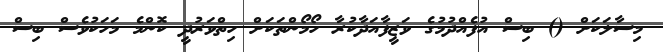
މިސާލަކަށް () ބިސް އުފެއްދުމުގެ ވަޒީފާއަދާކުރާ ހޯމޯންތަކަށް ހިތްވަރުދީ ކޮންމެ މަހަކުވެސް ބިސް